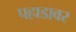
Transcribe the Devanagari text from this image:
पहाडावर